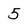
Character: 5